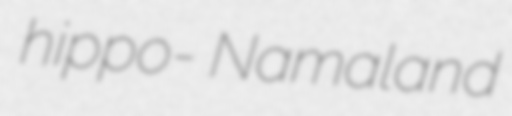
hippo- Namaland